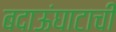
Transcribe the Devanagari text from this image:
बदाऊंघाटाची